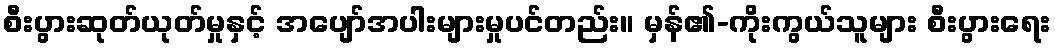
စီးပွားဆုတ်ယုတ်မှုနှင့် အပျော်အပါးများမှုပင်တည်း။ မှန်၏-ကိုးကွယ်သူများ စီးပွားရေး